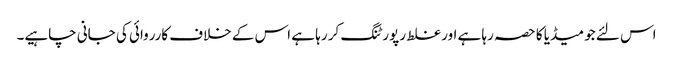
اس لئے جو میڈیا کا حصہ رہا ہے اور غلط رپورٹنگ کر رہا ہے اس کے خلاف کارروائی کی جانی چاہیے۔